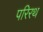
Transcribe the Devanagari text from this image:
परिरथ